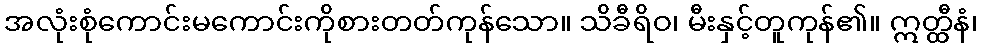
အလုံးစုံကောင်းမကောင်းကိုစားတတ်ကုန်သော။ သိခီရိဝ၊ မီးနှင့်တူကုန်၏။ ဣတ္ထီနံ၊